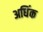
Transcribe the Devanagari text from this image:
अधिंक